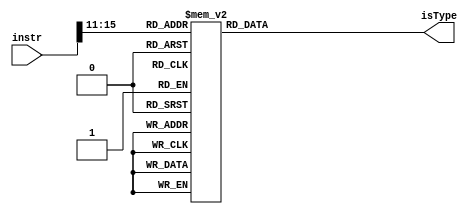
module instr_type(instr, isType);

	// I-format 1
	localparam	ADDI 		= 5'b01000; 
	localparam 	SUBI 		= 5'b01001; 
	localparam	XORI 		= 5'b01010; 
	localparam 	ANDNI 		= 5'b01011; 
	localparam	ROLI  		= 5'b10100; 
	localparam 	SLLI 		= 5'b10101; 
	localparam	RORI 		= 5'b10110; 
	localparam 	SRLI 		= 5'b10111; 
	localparam	ST 			= 5'b10000; 
	localparam 	LD 			= 5'b10001; 
	localparam	STU 		= 5'b10011; 

	// R-format 
	localparam 	BTR 		= 5'b11001; 
	//consists of ADD...
	localparam	ALU_1 		= 5'b11011; 
	localparam	ALU_2 		= 5'b11010; 
	localparam SEQ			= 5'b11100;
	localparam SLT			= 5'b11101;
	localparam SLE			= 5'b11110;
	localparam SCO			= 5'b11111;

	// I-format 2
	localparam 	BEQZ 		= 5'b01100;
	localparam 	BNEZ 		= 5'b01101;
	localparam 	BLTZ 		= 5'b01110;
	localparam 	BGEZ 		= 5'b01111;
	localparam 	LBI 		= 5'b11000;
	localparam 	SLBI 		= 5'b10010;
	localparam 	J 			= 5'b00100;
	localparam 	JR 			= 5'b00101;

	// J-format
	localparam 	JAL 		= 5'b00110;
	localparam 	JALR 		= 5'b00111;

	// Special instructions
	localparam 	SIIC  		= 5'b00010;
	localparam 	NOP 		= 5'b00001;
	localparam 	NOP_RTI 	= 5'b00011;
	localparam 	HALT 		= 5'b00000;
	
	input wire [15:0] instr;
	output wire [1:0] isType;
	
	wire [4:0] opcode;
	assign opcode = instr[15:11];
	
	reg [1:0] isType_temp;
	assign isType = isType_temp;

	always@(*) begin
	   case(opcode)
			HALT: begin			
						isType_temp = 0;
					 end
			NOP: begin			
						isType_temp = 0;
					 end
			J: begin			
						isType_temp = 0;
					 end
			JAL: begin			
						isType_temp = 0;
					 end
			ADDI: begin			
						isType_temp = 1;
					 end
			SUBI: begin			
						isType_temp = 1;
					 end
			 XORI: begin			
						isType_temp = 1;
					 end
			ANDNI: begin		
						isType_temp = 1;
					 end
			ROLI: begin			
						isType_temp = 1;
					 end
			SLLI: begin			
						isType_temp = 1;
					 end
			RORI: begin			
						isType_temp = 1;
					 end
			SRLI: begin			
						isType_temp = 1;
					 end
			ST: begin			
						isType_temp = 1;
					 end
			LD: begin			
						isType_temp = 1;
					 end
			STU: begin			
						isType_temp = 1;
					 end
			LBI: begin			
						isType_temp = 2;
					 end
			SLBI: begin			
						isType_temp = 2;
					 end
			JR: begin			
						isType_temp = 2;
					 end
			JALR: begin			
						isType_temp = 2;
					 end
			BEQZ: begin			
						isType_temp = 2;
					 end
			BNEZ: begin		
						isType_temp = 2;
					 end
			BLTZ: begin		
						isType_temp = 2;
					 end
			BGEZ: begin			
						isType_temp = 2;
					 end
			BTR: begin			
						isType_temp = 3;
					 end
			ALU_1: begin			
						isType_temp = 3;
					 end
			ALU_2: begin			
						isType_temp = 3;
					 end
			SEQ: begin			
						isType_temp = 3;
					 end
			SLT: begin			
						isType_temp = 3;
					 end
			SLE: begin			
						isType_temp = 3;
					 end
			SCO: begin			
						isType_temp = 3;
					 end
			default: begin
						isType_temp = 2'bxx;
					end
		endcase
	end

endmodule